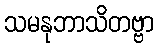
သမနုဘာသိတဗ္ဗာ